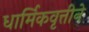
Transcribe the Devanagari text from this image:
धार्मिकवृत्तीने